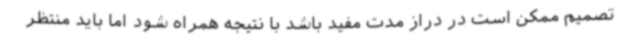
تصمیم ممکن است در دراز مدت مفید باشد با نتیجه همراه شود اما باید منتظر